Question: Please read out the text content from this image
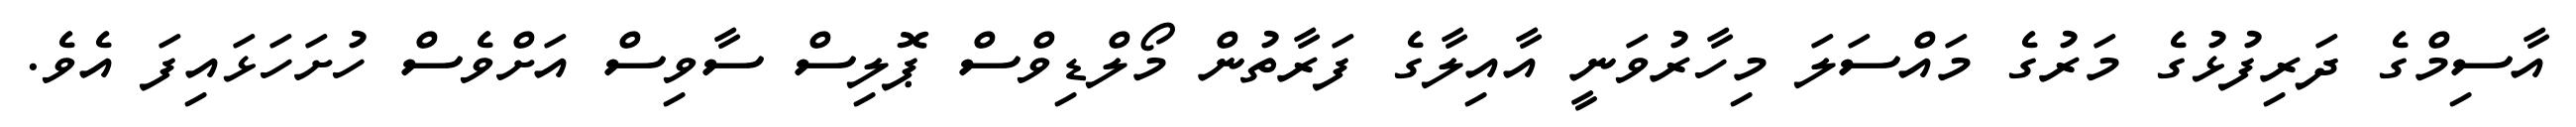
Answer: އާސިމްގެ ދަރިފުޅުގެ މަރުގެ މައްސަލަ މިހާރުވަނީ އާއިލާގެ ފަރާތުން މޯލްޑިވްސް ޕޮލިސް ސާވިސް އަށްވެސް ހުށަހަޅައިފަ އެވެ.